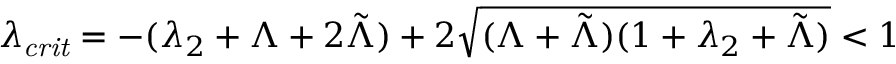
\lambda _ { \mathit { c r i t } } = - ( \lambda _ { 2 } + \Lambda + 2 \tilde { \Lambda } ) + 2 \sqrt { ( \Lambda + \tilde { \Lambda } ) ( 1 + \lambda _ { 2 } + \tilde { \Lambda } ) } < 1